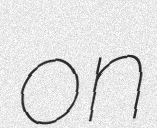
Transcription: on